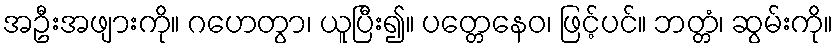
အဦးအဖျားကို။ ဂဟေတွာ၊ ယူပြီး၍။ ပတ္တေနေဝ၊ ဖြင့်ပင်။ ဘတ္တံ၊ ဆွမ်းကို။